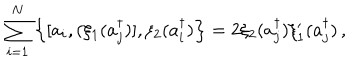
LaTeX: \sum _ { i = 1 } ^ { N } \left\{ [ a _ { i } , ( \xi _ { 1 } ( a _ { j } ^ { \dagger } ) ] , \xi _ { 2 } ( a _ { i } ^ { \dagger } ) \right\} = 2 \xi _ { 2 } ( a _ { j } ^ { \dagger } ) \xi _ { 1 } ^ { \prime } ( a _ { j } ^ { \dagger } ) \, ,